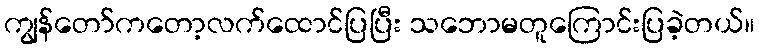
ကျွန်တော်ကတော့လက်ထောင်ပြပြီး သဘောမတူကြောင်းပြခဲ့တယ်။